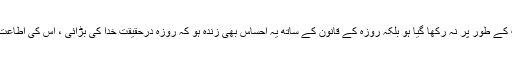
شرط یہ ہے کہ روزہ لوگوں کی دیکھا دیکھی اور رسم وعادت کے طور پر نہ رکھا گیا ہو بلکہ روزہ کے قانون کے ساتھ یہ احساس بھی زندہ ہو کہ روزہ درحقیقت خدا کی بڑائی ، اس کی اطاعت اور اس کی شکر گزاری کے اعلیٰ ترین جذبات کا مظہر ہے۔